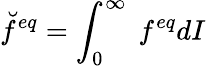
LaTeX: \breve{f}^{eq}=\int_{0}^{\infty}\ f^{eq}dI